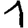
Digit: 1